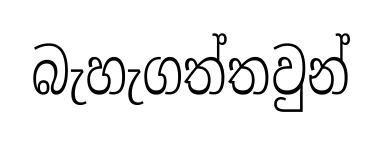
බැහැගත්තවුන්